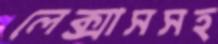
লেক্সাসসহ